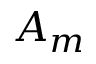
A _ { m }